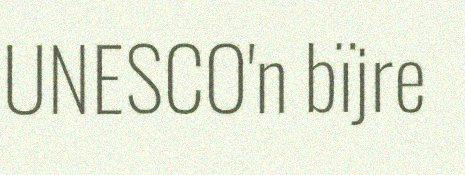
UNESCO'n bïjre